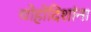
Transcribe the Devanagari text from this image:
चोहोदिशांना